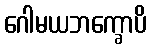
ဂေါမယဘက္ခောပိ